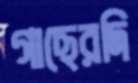
গাছেরদি